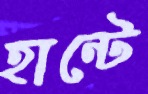
হান্টে